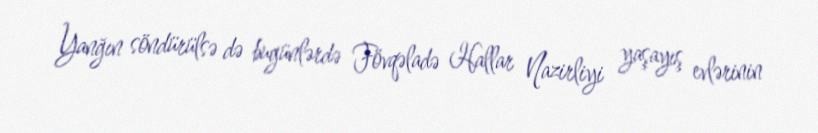
Yanğın söndürülsə də bugünlərdə Fövqəladə Hallar Nazirliyi yaşayış evlərinin